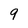
Character: 9